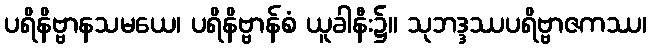
ပရိနိဗ္ဗာနသမယေ၊ ပရိနိဗ္ဗာန်စံ ယူခါနီး၌။ သုဘဒ္ဒဿပရိဗ္ဗာဇကဿ၊